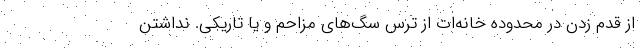
از قدم زدن در محدوده خانه‌ات از ترس سگ‌های مزاحم و یا تاریکی. نداشتن